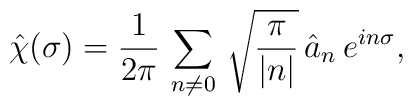
\hat{\chi} (\sigma)	=	\frac{1}{2 \pi} \, \sum_{ n \ne 0 } \,	\sqrt{ \frac{ \pi }{ | n | } } \,	\hat{a}_n  \, e^{ i n \sigma },